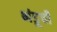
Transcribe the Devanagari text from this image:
भंडूची